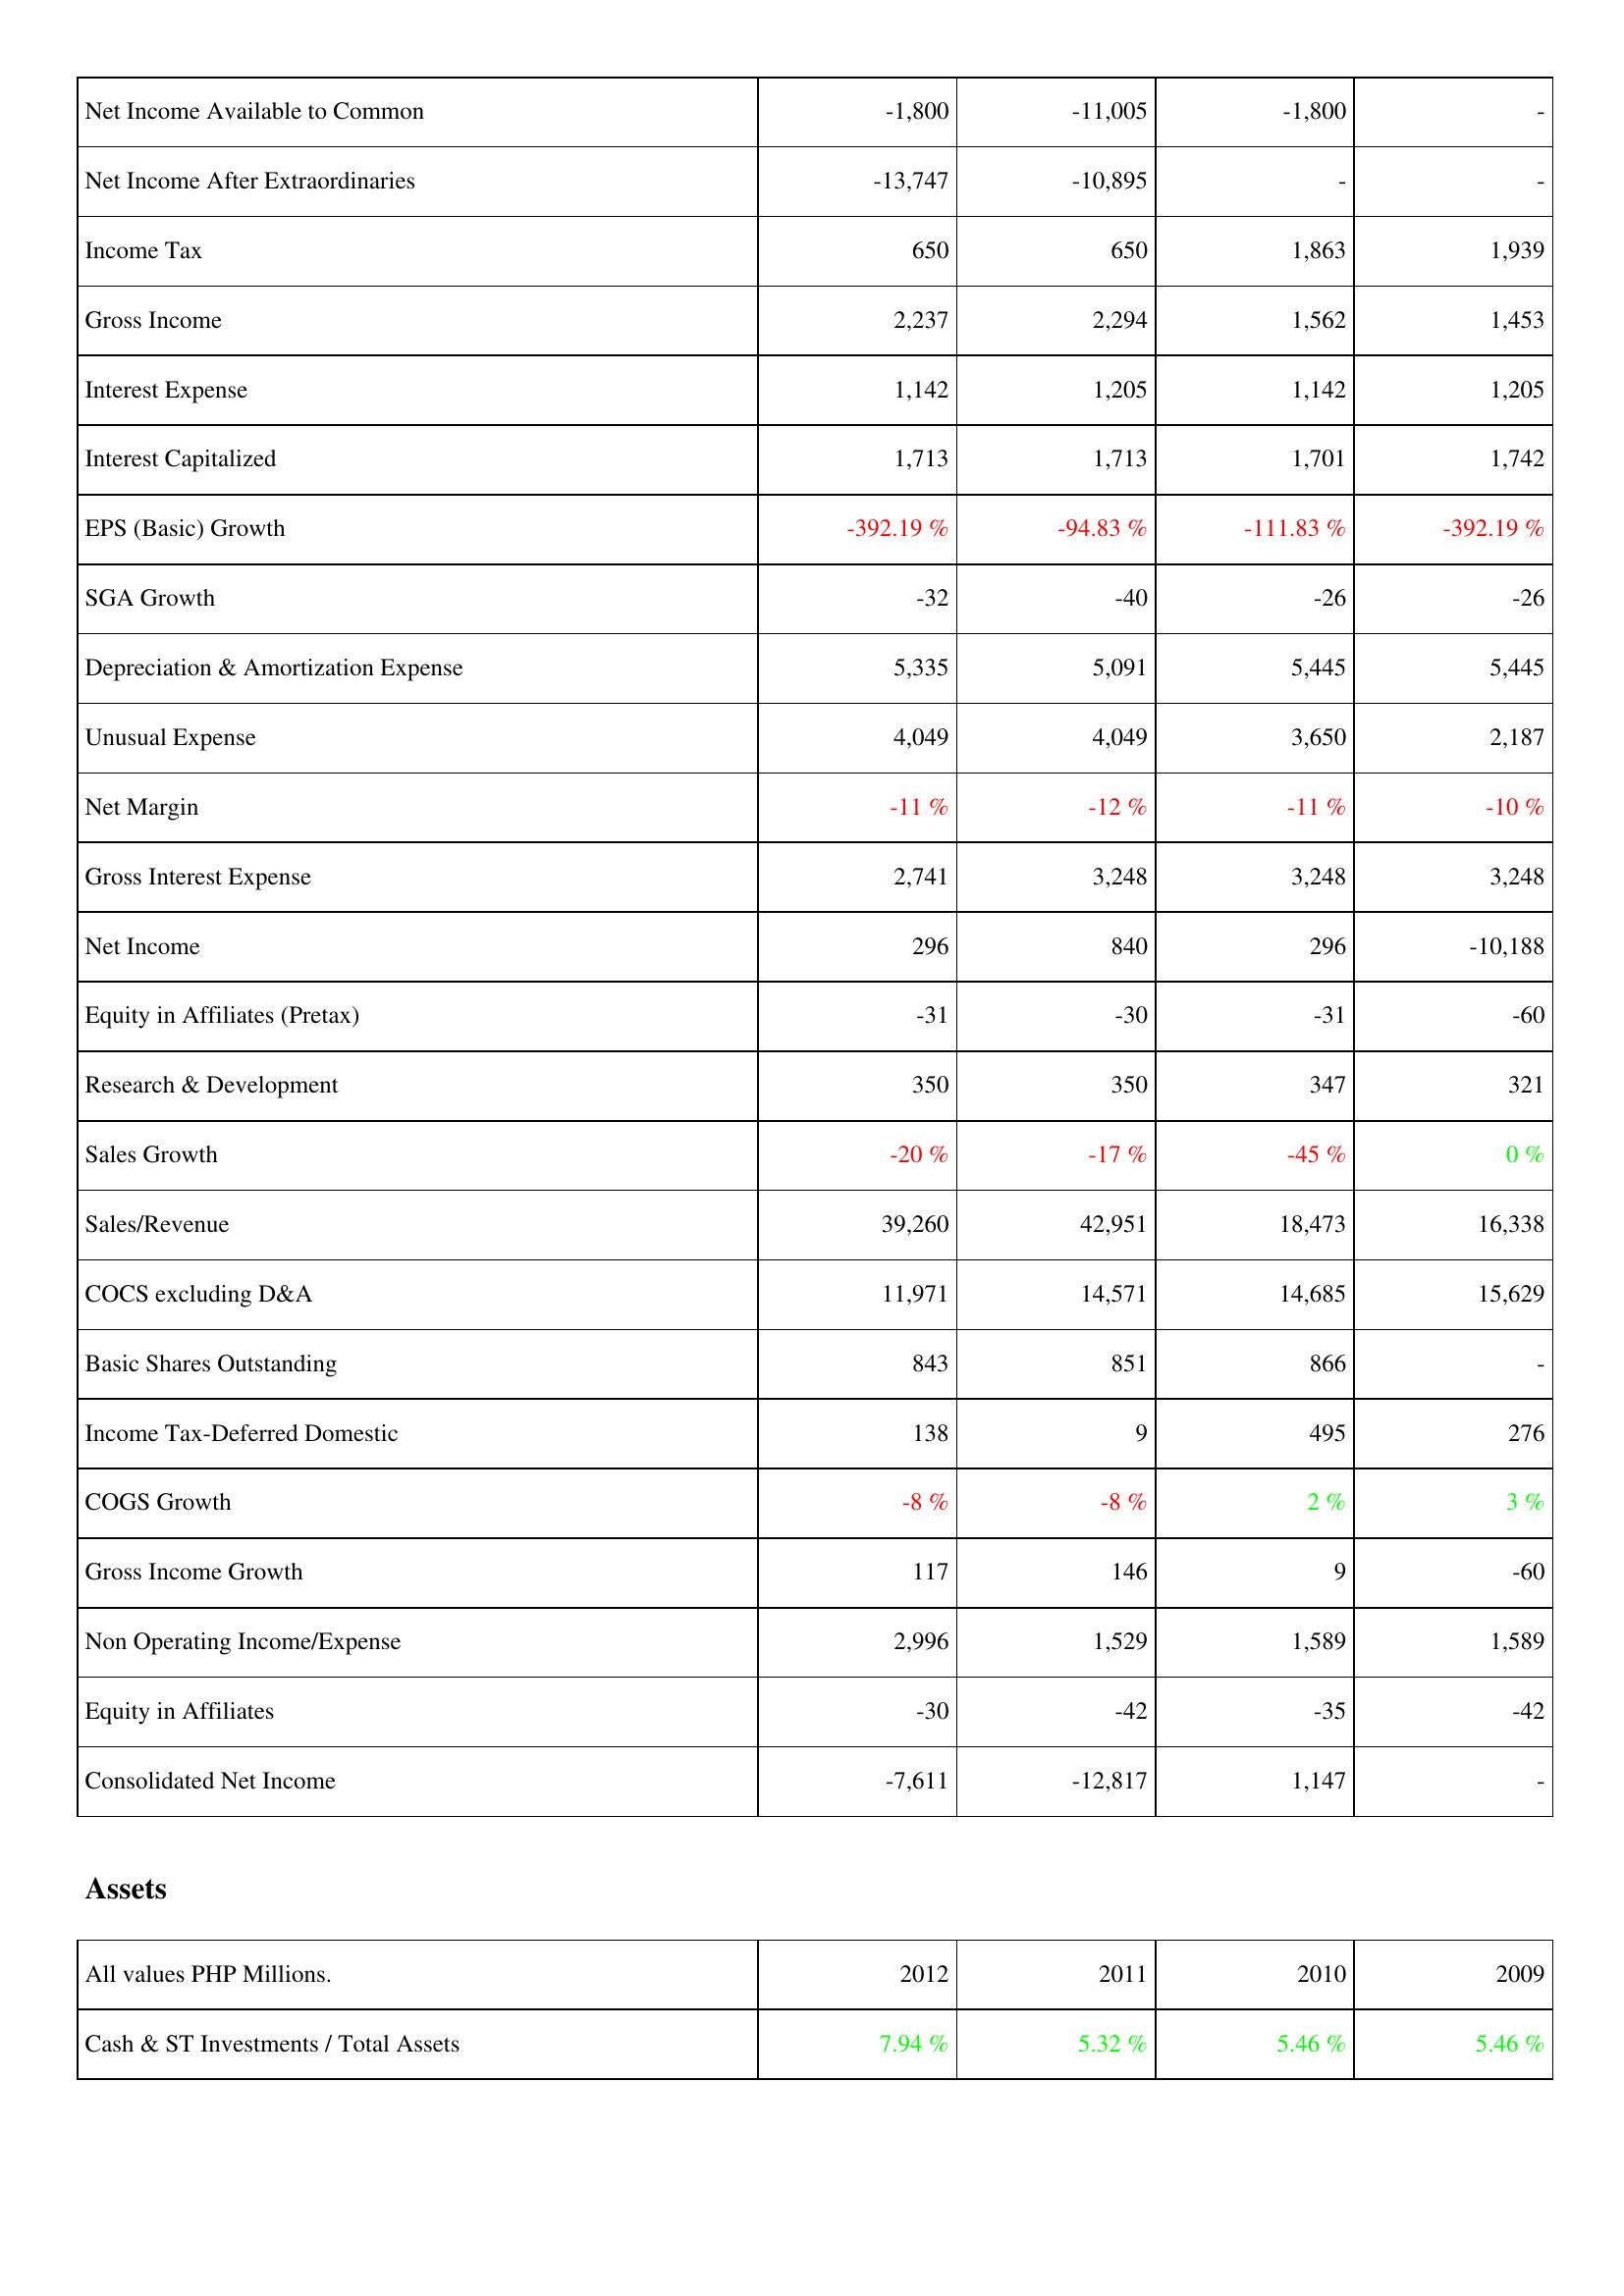
2012: Income Statement: Net Income Available to Common: -1,800
Net Income After Extraordinaries: -13,747
Income Tax: 650
Gross Income: 2,237
Interest Expense: 1,142
Interest Capitalized: 1,713
EPS (Basic) Growth: -392.19 %
SGA Growth: -32
Depreciation & Amortization Expense: 5,335
Unusual Expense: 4,049
Net Margin: -11 %
Gross Interest Expense: 2,741
Net Income: 296
Equity in Affiliates (Pretax): -31
Research & Development: 350
Sales Growth: -20 %
Sales/Revenue: 39,260
COCS excluding D&A: 11,971
Basic Shares Outstanding: 843
Income Tax-Deferred Domestic: 138
COGS Growth: -8 %
Gross Income Growth: 117
Non Operating Income/Expense: 2,996
Equity in Affiliates: -30
Consolidated Net Income: -7,611
Assets: Cash & ST Investments / Total Assets: 7.94 %
2011: Income Statement: Net Income Available to Common: -11,005
Net Income After Extraordinaries: -10,895
Income Tax: 650
Gross Income: 2,294
Interest Expense: 1,205
Interest Capitalized: 1,713
EPS (Basic) Growth: -94.83 %
SGA Growth: -40
Depreciation & Amortization Expense: 5,091
Unusual Expense: 4,049
Net Margin: -12 %
Gross Interest Expense: 3,248
Net Income: 840
Equity in Affiliates (Pretax): -30
Research & Development: 350
Sales Growth: -17 %
Sales/Revenue: 42,951
COCS excluding D&A: 14,571
Basic Shares Outstanding: 851
Income Tax-Deferred Domestic: 9
COGS Growth: -8 %
Gross Income Growth: 146
Non Operating Income/Expense: 1,529
Equity in Affiliates: -42
Consolidated Net Income: -12,817
Assets: Cash & ST Investments / Total Assets: 5.32 %
2010: Income Statement: Net Income Available to Common: -1,800
Net Income After Extraordinaries: -
Income Tax: 1,863
Gross Income: 1,562
Interest Expense: 1,142
Interest Capitalized: 1,701
EPS (Basic) Growth: -111.83 %
SGA Growth: -26
Depreciation & Amortization Expense: 5,445
Unusual Expense: 3,650
Net Margin: -11 %
Gross Interest Expense: 3,248
Net Income: 296
Equity in Affiliates (Pretax): -31
Research & Development: 347
Sales Growth: -45 %
Sales/Revenue: 18,473
COCS excluding D&A: 14,685
Basic Shares Outstanding: 866
Income Tax-Deferred Domestic: 495
COGS Growth: 2 %
Gross Income Growth: 9
Non Operating Income/Expense: 1,589
Equity in Affiliates: -35
Consolidated Net Income: 1,147
Assets: Cash & ST Investments / Total Assets: 5.46 %
2009: Income Statement: Net Income Available to Common: -
Net Income After Extraordinaries: -
Income Tax: 1,939
Gross Income: 1,453
Interest Expense: 1,205
Interest Capitalized: 1,742
EPS (Basic) Growth: -392.19 %
SGA Growth: -26
Depreciation & Amortization Expense: 5,445
Unusual Expense: 2,187
Net Margin: -10 %
Gross Interest Expense: 3,248
Net Income: -10,188
Equity in Affiliates (Pretax): -60
Research & Development: 321
Sales Growth: 0 %
Sales/Revenue: 16,338
COCS excluding D&A: 15,629
Basic Shares Outstanding: -
Income Tax-Deferred Domestic: 276
COGS Growth: 3 %
Gross Income Growth: -60
Non Operating Income/Expense: 1,589
Equity in Affiliates: -42
Consolidated Net Income: -
Assets: Cash & ST Investments / Total Assets: 5.46 %